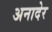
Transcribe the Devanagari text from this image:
अनादेर